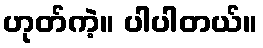
ဟုတ်ကဲ့။ ပါပါတယ်။